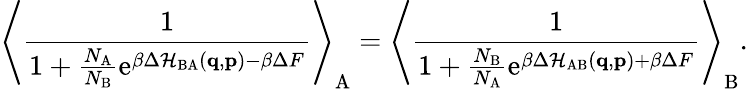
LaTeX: \left\langle\frac{1}{1+\frac{N_{\mathrm{A}}}{N_{\mathrm{B}}}\mathrm{e}^{\beta\Delta\mathcal{H}_{\mathrm{BA}}(\mathbf{q},\mathbf{p})-\beta\Delta F}}\right\rangle_{\mathrm{A}}=\left\langle\frac{1}{1+\frac{N_{\mathrm{B}}}{N_{\mathrm{A}}}\mathrm{e}^{\beta\Delta\mathcal{H}_{\mathrm{AB}}(\mathbf{q},\mathbf{p})+\beta\Delta F}}\right\rangle_{\mathrm{B}}.